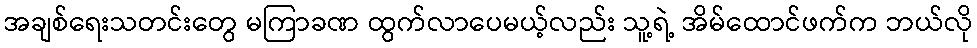
အချစ်ရေးသတင်းတွေ မကြာခဏ ထွက်လာပေမယ့်လည်း သူ့ရဲ့ အိမ်ထောင်ဖက်က ဘယ်လို